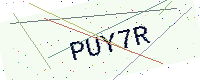
Text: PUY7R